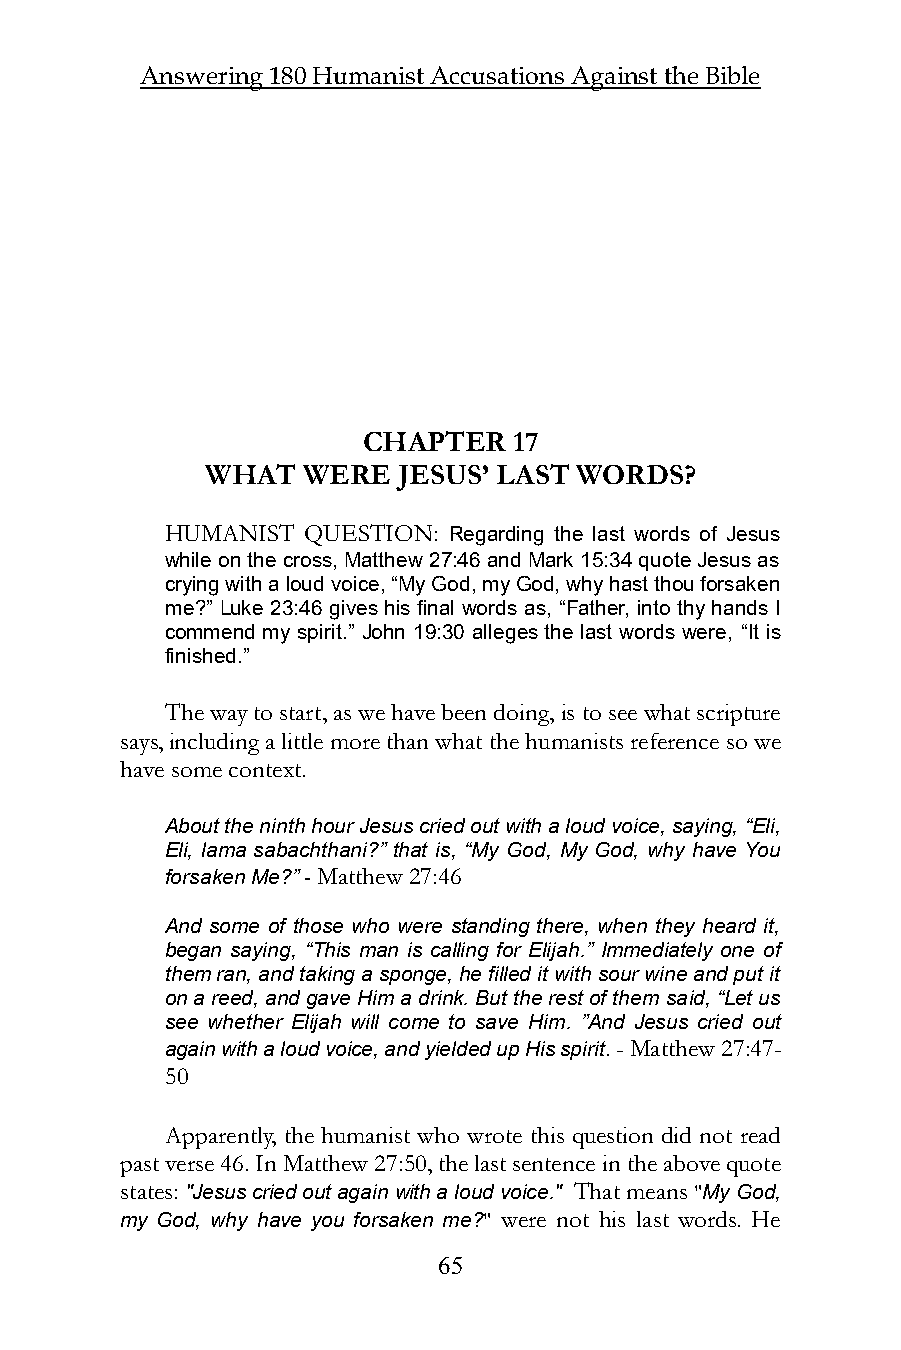
Answering 180 Humanist Accusations Against the Bible
 CHAPTER   17
 WHAT  WERE  JESUS’ LAST WORDS?
 HUMANIST QUESTION: Regarding the last words of Jesus
 while on the cross, Matthew 27:46 and Mark 15:34 quote Jesus as
 crying with a loud voice, “My God, my God, why hast thou forsaken
 me?” Luke 23:46 gives his final words as, “Father, into thy hands I
 commend my spirit.” John 19:30 alleges the last words were, “It is
 finished.”
 The way to start, as we have been doing, is to see what scripture
 says, including a little more than what the humanists reference so we
 have some context.
 About the ninth hour Jesus cried out with a loud voice, saying, “Eli,
 Eli, lama sabachthani?” that is, “My God, My God, why have You
 forsaken Me?” - Matthew 27:46
 And some of those who were standing there, when they heard it,
 began saying, “This man is calling for Elijah.” Immediately one of
 them ran, and taking a sponge, he filled it with sour wine and put it
 on a reed, and gave Him a drink. But the rest of them said, “Let us
 see whether Elijah will come to save Him. ”And Jesus cried out
 again with a loud voice, and yielded up His spirit. - Matthew 27:47-
 50
 Apparently, the humanist who wrote this question did not read
 past verse 46. In Matthew 27:50, the last sentence in the above quote
 states: "Jesus cried out again with a loud voice." That means "My God,
 my God, why have you forsaken me?" were not his last words. He
 65